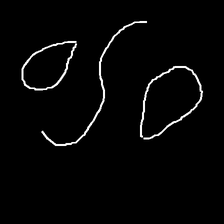
Glyph: water